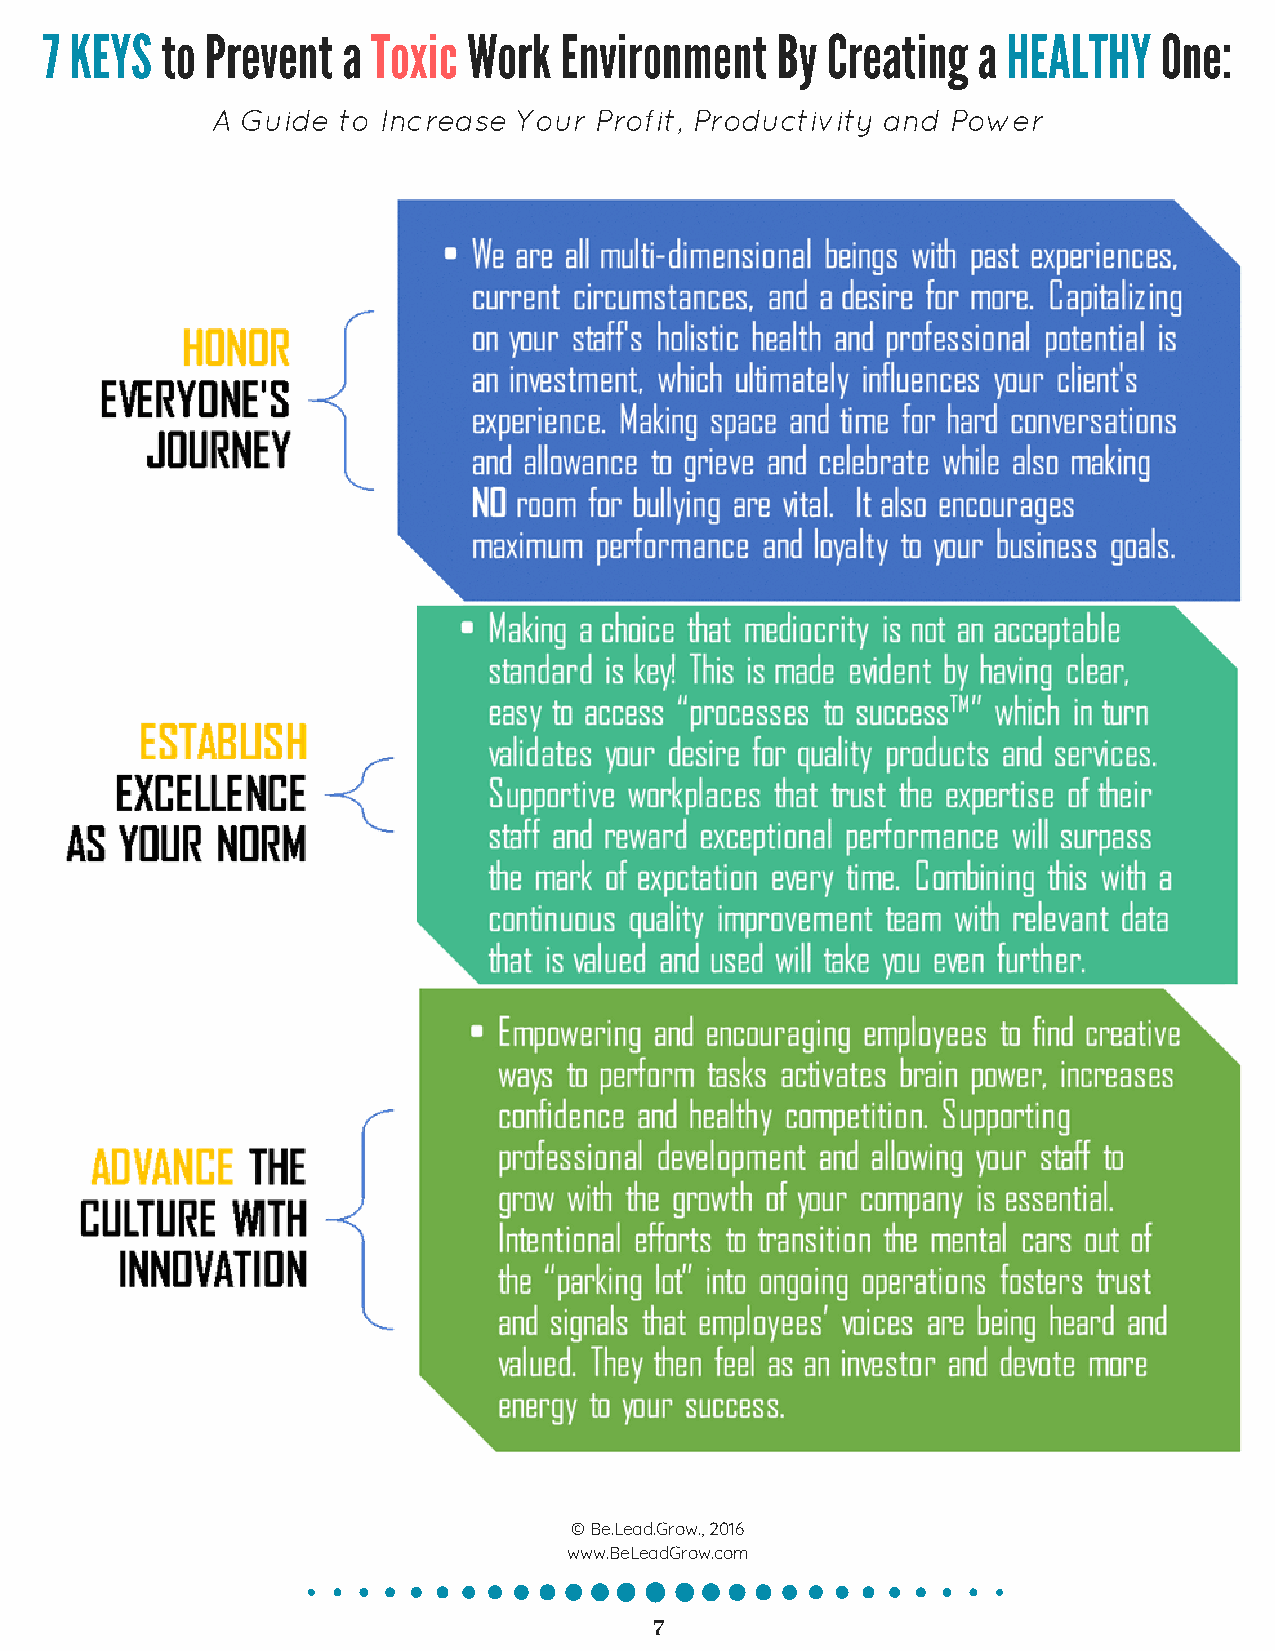
7 KEYS  to Prevent  a Toxic Work  Environment   By  Creating  a HEALTHY   One:
 A Guide to Increase Your Profit, Productivity and Power
 © Be.Lead.Grow., 2016
 www.BeLeadGrow.com
 7